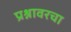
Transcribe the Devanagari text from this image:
प्रश्नावरचा